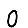
Digit: 0